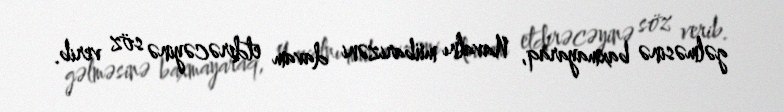
gəlməsinə baxmayaraq, Navalnı mübarizəni davam etdirəcəyinə söz verib.